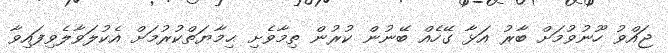
ޖައްވު ހޫނުވުމަށް ބާރު އަޅާ ގޭހެއް ބޭނުން ކުރުން ތިމާވެށި ޙިމާޔަތްކުރުމަށް އެކުލަވާލެވިފައިވާ